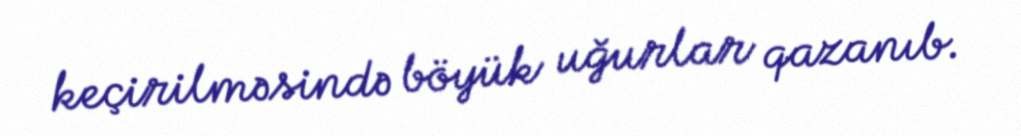
keçirilməsində böyük uğurlar qazanıb.